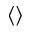
\langle \rangle